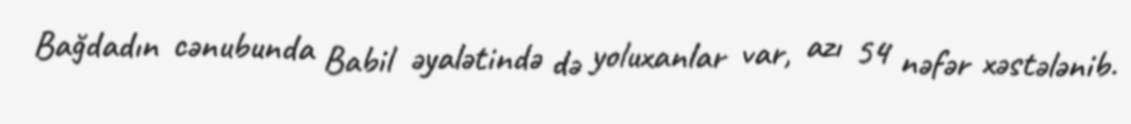
Bağdadın cənubunda Babil əyalətində də yoluxanlar var, azı 54 nəfər xəstələnib.